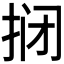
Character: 𫼫